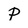
Character: P